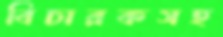
বিচারকসহ